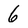
Character: 6